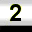
Digit: 2